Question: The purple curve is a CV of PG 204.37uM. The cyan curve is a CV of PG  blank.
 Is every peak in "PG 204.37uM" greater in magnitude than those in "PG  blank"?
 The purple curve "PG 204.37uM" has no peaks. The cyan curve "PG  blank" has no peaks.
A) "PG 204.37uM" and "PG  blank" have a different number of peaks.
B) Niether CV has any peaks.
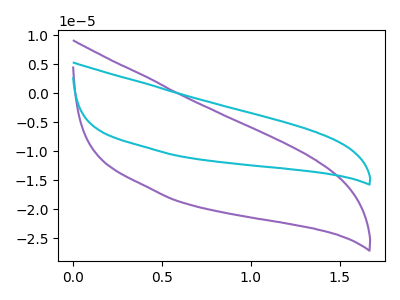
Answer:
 <answer>B) Niether CV has any peaks.</answer>
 <eval>B</eval>